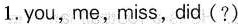
1. you,me,miss,did (?)